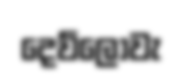
දෙව්ලොවැ